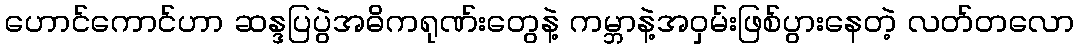
ဟောင်ကောင်ဟာ ဆန္ဒပြပွဲအဓိကရုဏ်းတွေနဲ့ ကမ္ဘာနဲ့အဝှမ်းဖြစ်ပွားနေတဲ့ လတ်တလော